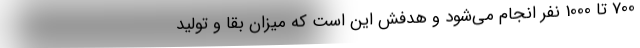
700 تا 1000 نفر انجام می‌شود و هدفش این است که میزان بقا و تولید